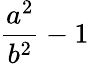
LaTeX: \frac{a^{2}}{b^{2}}-1